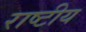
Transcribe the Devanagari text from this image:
राष्‍टीय